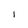
Character: l